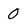
Character: 0